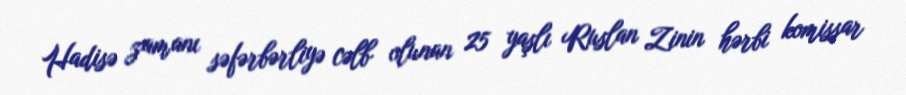
Hadisə zamanı səfərbərliyə cəlb olunan 25 yaşlı Ruslan Zinin hərbi komissar